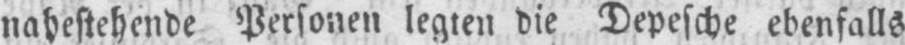
nahestehende Personen legten die Depesche ebenfalls